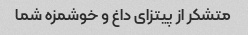
متشکر از پیتزای داغ و خوشمزه شما